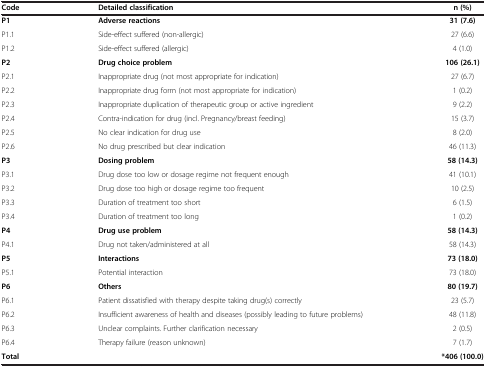
<table><thead><tr><td><b>Code</b></td><td><b>Detailed classification</b></td><td><b>n (%)</b></td></tr></thead><tbody><tr><td><b>P1</b></td><td><b>Adverse reactions</b></td><td><b>31 (7.6)</b></td></tr><tr><td>P1.1</td><td>Side-effect suffered (non-allergic)</td><td>27 (6.6)</td></tr><tr><td>P1.2</td><td>Side-effect suffered (allergic)</td><td>4 (1.0)</td></tr><tr><td><b>P2</b></td><td><b>Drug choice problem</b></td><td><b>106 (26.1)</b></td></tr><tr><td>P2.1</td><td>Inappropriate drug (not most appropriate for indication)</td><td>27 (6.7)</td></tr><tr><td>P2.2</td><td>Inappropriate drug form (not most appropriate for indication)</td><td>1 (0.2)</td></tr><tr><td>P2.3</td><td>Inappropriate duplication of therapeutic group or active ingredient</td><td>9 (2.2)</td></tr><tr><td>P2.4</td><td>Contra-indication for drug (incl. Pregnancy/breast feeding)</td><td>15 (3.7)</td></tr><tr><td>P2.5</td><td>No clear indication for drug use</td><td>8 (2.0)</td></tr><tr><td>P2.6</td><td>No drug prescribed but clear indication</td><td>46 (11.3)</td></tr><tr><td><b>P3</b></td><td><b>Dosing problem</b></td><td><b>58 (14.3)</b></td></tr><tr><td>P3.1</td><td>Drug dose too low or dosage regime not frequent enough</td><td>41 (10.1)</td></tr><tr><td>P3.2</td><td>Drug dose too high or dosage regime too frequent</td><td>10 (2.5)</td></tr><tr><td>P3.3</td><td>Duration of treatment too short</td><td>6 (1.5)</td></tr><tr><td>P3.4</td><td>Duration of treatment too long</td><td>1 (0.2)</td></tr><tr><td><b>P4</b></td><td><b>Drug use problem</b></td><td><b>58 (14.3)</b></td></tr><tr><td>P4.1</td><td>Drug not taken/administered at all</td><td>58 (14.3)</td></tr><tr><td><b>P5</b></td><td><b>Interactions</b></td><td><b>73 (18.0)</b></td></tr><tr><td>P5.1</td><td>Potential interaction</td><td>73 (18.0)</td></tr><tr><td><b>P6</b></td><td><b>Others</b></td><td><b>80 (19.7)</b></td></tr><tr><td>P6.1</td><td>Patient dissatisfied with therapy despite taking drug(s) correctly</td><td>23 (5.7)</td></tr><tr><td>P6.2</td><td>Insufficient awareness of health and diseases (possibly leading to future problems)</td><td>48 (11.8)</td></tr><tr><td>P6.3</td><td>Unclear complaints. Further clarification necessary</td><td>2 (0.5)</td></tr><tr><td>P6.4</td><td>Therapy failure (reason unknown)</td><td>7 (1.7)</td></tr><tr><td><b>Total</b></td><td> </td><td><b>*406 (100.0)</b></td></tr></tbody></table>